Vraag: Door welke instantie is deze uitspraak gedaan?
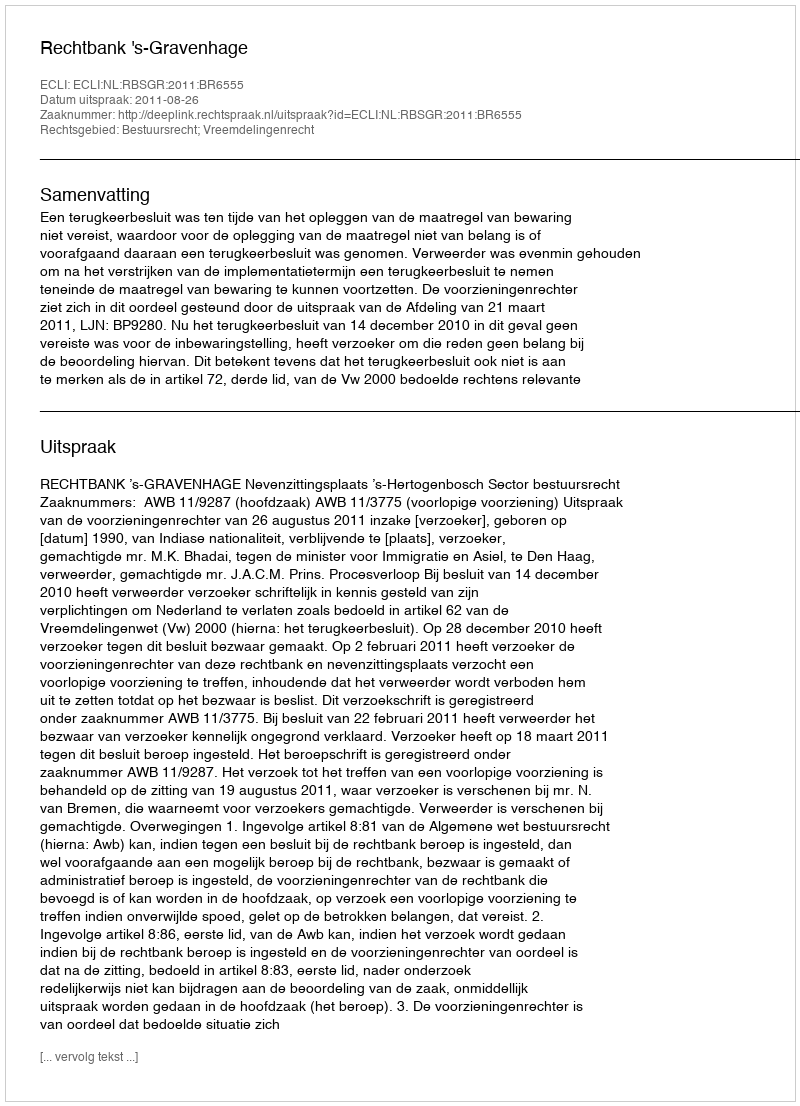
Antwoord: Rechtbank 's-Gravenhage